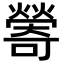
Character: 𪹽